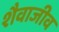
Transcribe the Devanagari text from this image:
शैवाजीव